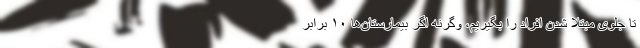
تا جلوی مبتلا شدن افراد را بگیریم، وگرنه اگر بیمارستان‌ها ۱۰ برابر